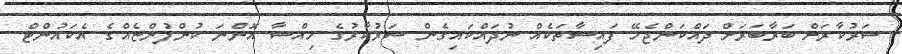
ސަރުކާރަށް ބަރާބަރަށް ދައްކަންޖެހޭ ފައިސާތަކެއް ނުދައްކައިގެން ސަރުކާރުގެ ހިއްސާ އޮންނަ ކުންފުންޏެއްގެ އެކައުންޓް